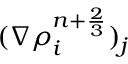
( \nabla { \rho } _ { i } ^ { n + \frac { 2 } { 3 } } ) _ { j }